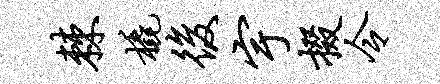
棘橇后宇掇令